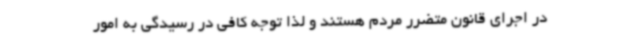
در اجرای قانون متضرر مردم هستند و لذا توجه کافی در رسیدگی به امور